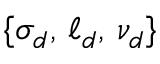
\{ \sigma _ { d } , \, \ell _ { d } , \, \nu _ { d } \}